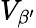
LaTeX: V_{\beta^{\prime}}